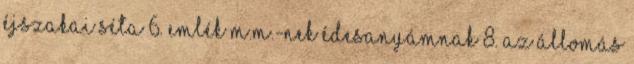
Éjszakai séta 6. Emlék M.M.-nek Édesanyámnak 8. Az állomás